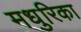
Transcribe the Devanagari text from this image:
मधुरिका